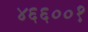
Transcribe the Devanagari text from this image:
४६६००१